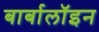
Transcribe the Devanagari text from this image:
बार्बालॉइन